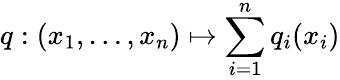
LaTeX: q:(x_{1},\ldots,x_{n})\mapsto\sum_{i=1}^{n}q_{i}(x_{i})